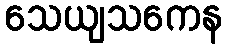
သေယျသကေန